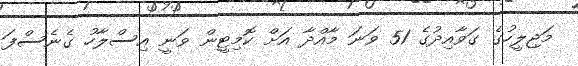
މަޖިލީހުގެ ގަވާއިދުގެ 51 ވަނަ މާއްދާ އަށް ކޮމިޓީން ވަނީ އިސްލާހު ގެނެސްފަ